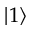
\vert 1 \rangle